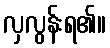
လှလွန်းရ၏။